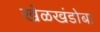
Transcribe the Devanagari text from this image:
खेळखंडोबा